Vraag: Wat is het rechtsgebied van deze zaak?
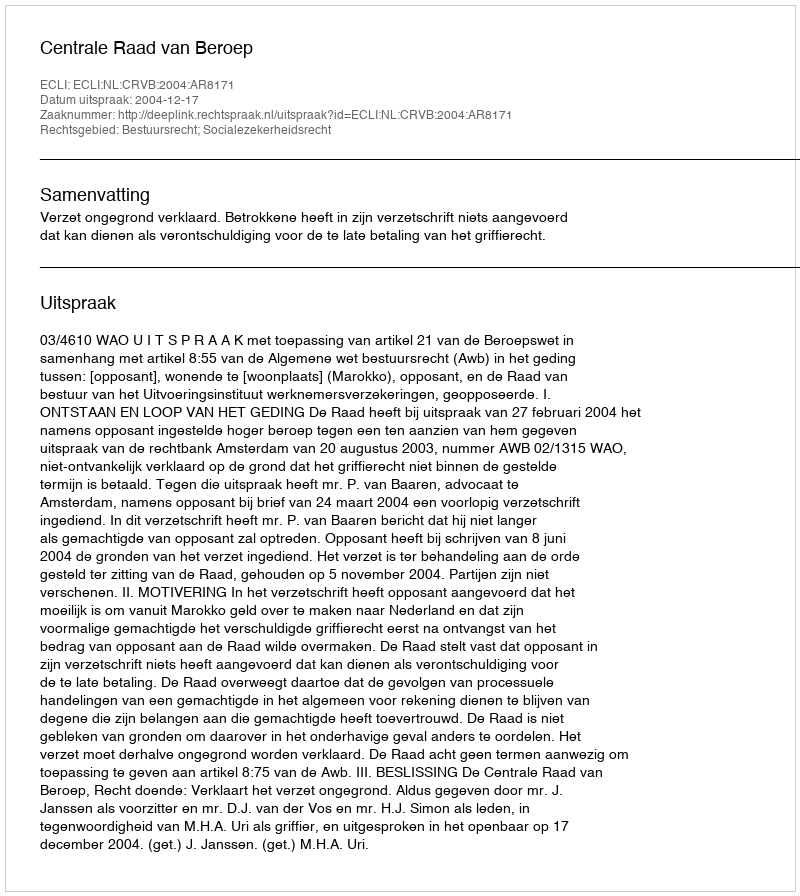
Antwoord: Bestuursrecht; Socialezekerheidsrecht